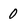
Character: 0